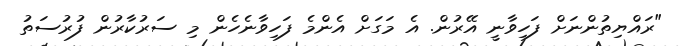
"ރައްޔިތުންނަށް ފަހިވާނީ އޭރުން. އެ މަގަށް އެންމެ ފަހިވާނެހެން މި ސަރުކާރުން ފުރުސަތު